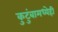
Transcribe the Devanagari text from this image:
कुटुंबामध्येही